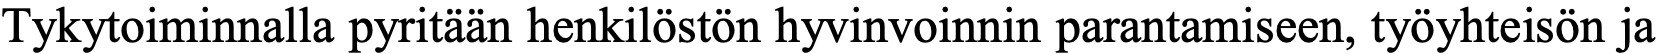
Tykytoiminnalla pyritään henkilöstön hyvinvoinnin parantamiseen, työyhteisön ja